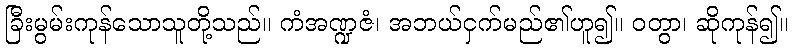
ခြီးမွမ်းကုန်သောသူတို့သည်။ ကံအဏ္ဍဇံ၊ အဘယ်ငှက်မည်၏ဟူ၍။ ဝတွာ၊ ဆိုကုန်၍။